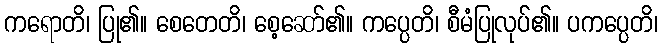
ကရောတိ၊ ပြု၏။ စေတေတိ၊ စေ့ဆော်၏။ ကပ္ပေတိ၊ စီမံပြုလုပ်၏။ ပကပ္ပေတိ၊